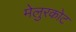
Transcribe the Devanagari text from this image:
मेलुरकोट